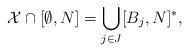
LaTeX: \begin{align*}\mathcal{X}\cap[\emptyset,N]=\bigcup_{j\in J}[B_j,N]^*,\end{align*}